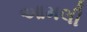
આમલી